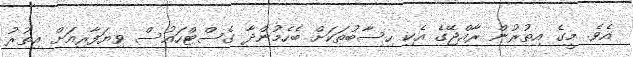
އެވެ. މީގެ އިތުރުން ރާއްޖޭގެ އެކި ހިސާބުތަކަށް ބެހެމުންދާ ގެސްޓްހައުސް ވިޔަފާރިއަށް އިތުރު